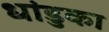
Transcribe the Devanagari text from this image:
धांडुका